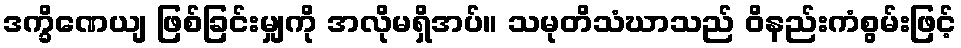
ဒက္ခိဏေယျ ဖြစ်ခြင်းမျှကို အလိုမရှိအပ်။ သမုတိသံဃာသည် ဝိနည်းကံစွမ်းဖြင့်